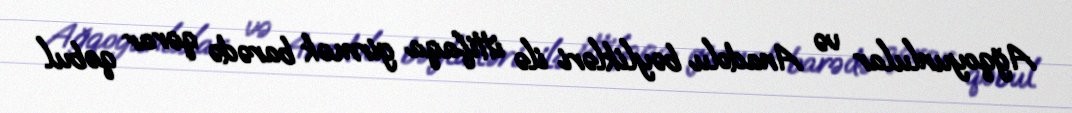
Ağqoyunlular və Anadolu bəylikləri ilə ittifaqa girmək barədə qərar qəbul